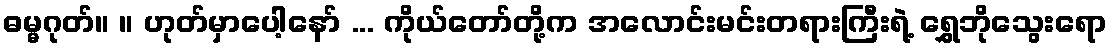
ဓမ္မဂုတ်။ ။ ဟုတ်မှာပေါ့နော် ... ကိုယ်တော်တို့က အလောင်းမင်းတရားကြီးရဲ့ ရွှေဘိုသွေးရော